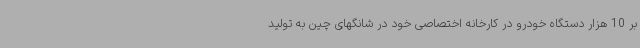
بر 10 هزار دستگاه خودرو در کارخانه اختصاصی خود در شانگهای چین به تولید